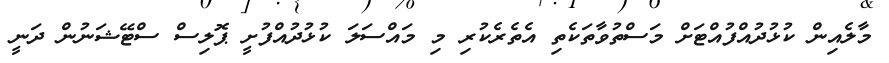
މާލެއިން ކުޅުދުއްފުއްޓަށް މަސްތުވާތަކެތި އެތެރެކުރި މި މައްސަލަ ކުޅުދުއްފުށީ ޕޮލިސް ސްޓޭޝަނުން ދަނީ